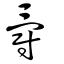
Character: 爵